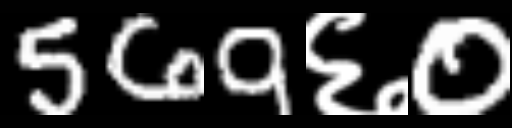
Text: 569६0